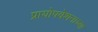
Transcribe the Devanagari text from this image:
प्रायोपवेशनाच्या